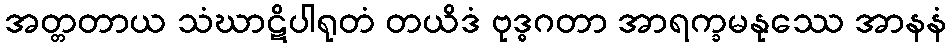
အတ္တတာယ သံဃာဋိပါရုတံ တယိဒံ ဗုဒ္ဓဂတာ အာရက္ခမနုဿေ အာနနံ